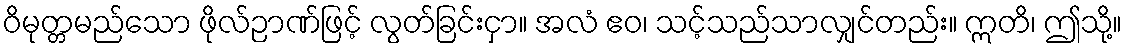
ဝိမုတ္တမည်သော ဖိုလ်ဉာဏ်ဖြင့် လွတ်ခြင်းငှာ။ အလံ ဧဝ၊ သင့်သည်သာလျှင်တည်း။ ဣတိ၊ ဤသို့။